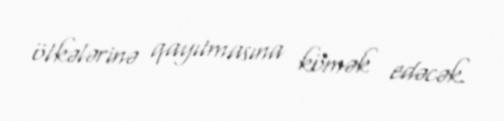
ölkələrinə qayıtmasına kömək edəcək.